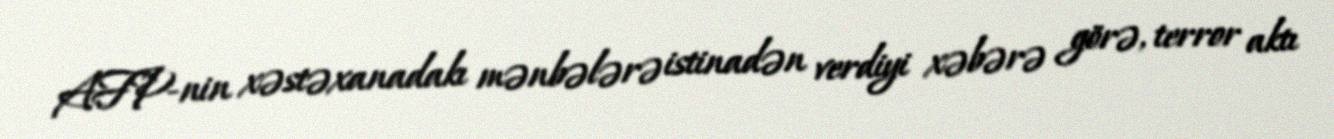
AFP-nin xəstəxanadakı mənbələrə istinadən verdiyi xəbərə görə, terror aktı